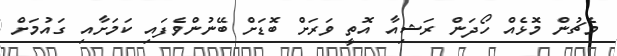
މެޗުން މޮޅެއް ހޯދަން ރަޝިއާ އޮތީ ވަރަށް ބޮޑަށް ބޭނުންވެފައި ކަމަށާއި ގައުމަށް